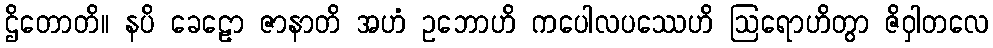
ဌိတောတိ။ နပိ ခေဠော ဇာနာတိ အဟံ ဥဘောဟိ ကပေါလပဿေဟိ ဩရောဟိတွာ ဇိဝှါတလေ